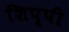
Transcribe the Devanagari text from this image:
शिप्पी